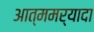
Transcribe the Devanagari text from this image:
आत्ममर्यादा